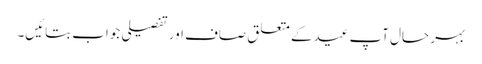
بہر حال آپ عیدکے متعلق صاف اور تفصیلی جواب بتائیں۔